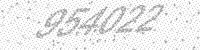
Solution: 954022